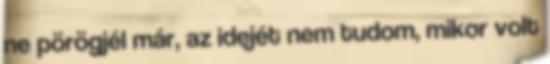
ne pörögjél már, az idejét nem tudom, mikor volt